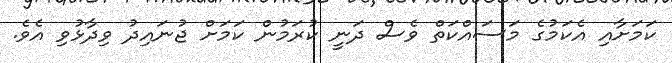
ކަމަށާއި އެކަމުގެ މަސައްކަތް ވެސް ދަނީ ކުރަމުން ކަމަށް ޖުނައިދު ވިިދާޅުވި އެވެ.